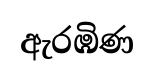
ඇරඹිණ